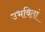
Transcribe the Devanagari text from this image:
उभवितां